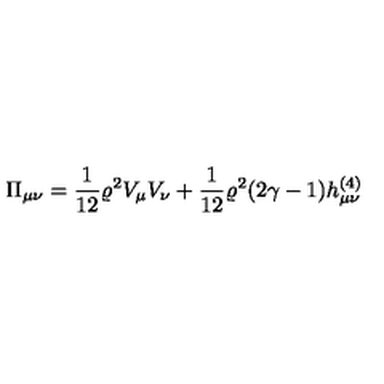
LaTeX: \Pi _ { \mu \nu } = \frac { 1 } { 1 2 } \varrho ^ { 2 } V _ { \mu } V _ { \nu } + \frac { 1 } { 1 2 } \varrho ^ { 2 } ( 2 \gamma - 1 ) h _ { \mu \nu } ^ { ( 4 ) }